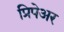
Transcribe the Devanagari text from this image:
प्रिपेअर